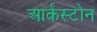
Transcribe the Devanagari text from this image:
आर्कंस्टोन